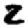
Digit: 2